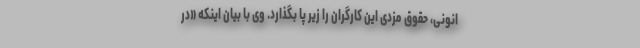
انونی، حقوق مزدی این کارگران را زیر پا بگذارد. وی با بیان اینکه «در